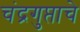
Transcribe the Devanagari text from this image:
चंद्रगुप्ताचे